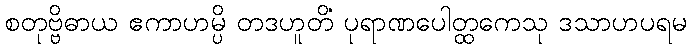
စတုဗ္ဗိဓာယ ဧကာဟမ္ပိ တဒဟူတိ ပုရာဏပေါတ္ထကေသု ဒသာဟပရမံ